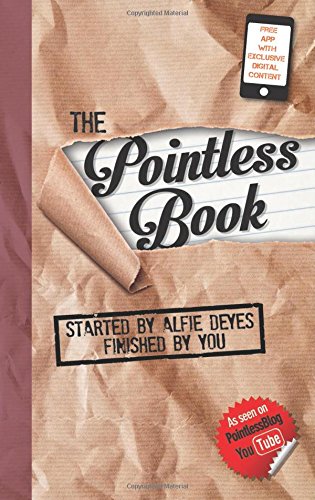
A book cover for The Pointless Book: Started by Alfie Deyes, Finished by You; Alfie Deyes; Humor & Entertainment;